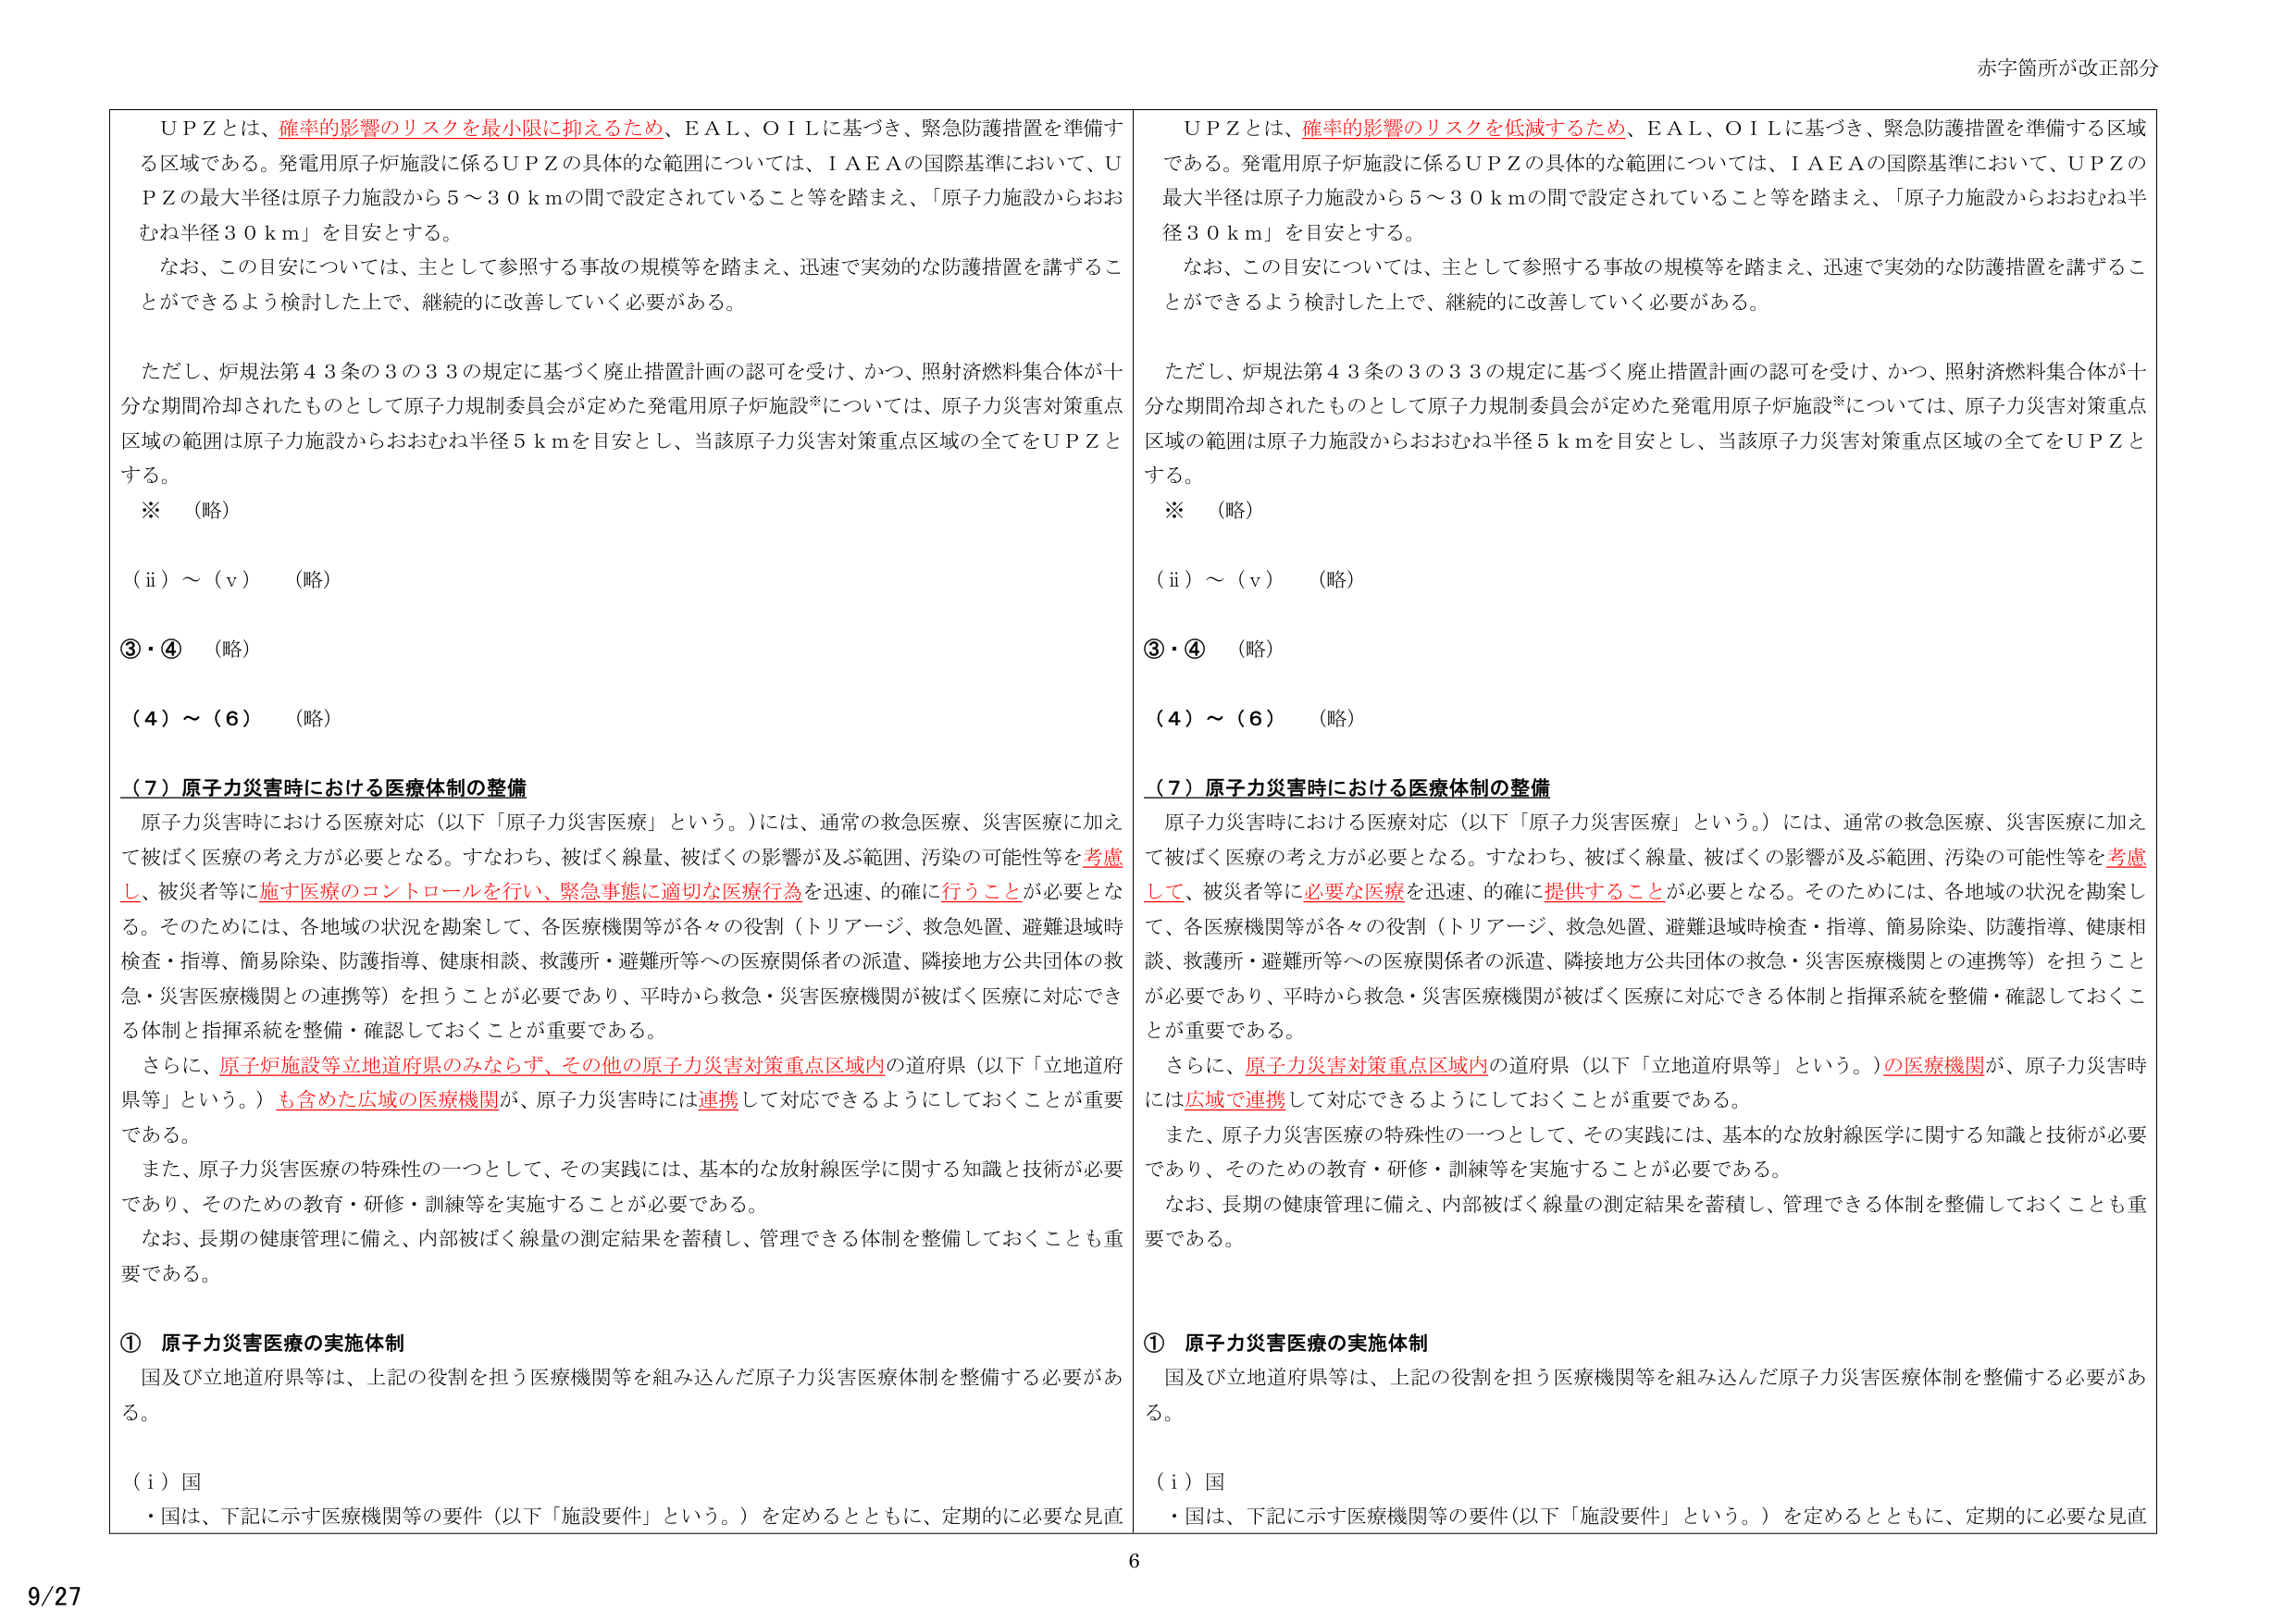
赤字箇所が改正部分

ＵＰＺとは、確率的影響のリスクを最小限に抑えるため、ＥＡＬ、ＯＩＬに基づき、緊急防護措置を準備する区域である。発電用原子炉施設に係るＵＰＺの具体的な範囲については、ＩＡＥＡの国際基準において、ＵＰＺの最大半径は原子力施設から５～３０ｋｍの間で設定されていること等を踏まえ、「原子力施設からおおむね半径３０ｋｍ」を目安とする。

なお、この目安については、主として参照する事故の規模等を踏まえ、迅速で実効的な防護措置を講ずることができるよう検討した上で、継続的に改善していく必要がある。

ただし、炉規法第４３条の３の３３の規定に基づく廃止措置計画の認可を受け、かつ、照射済燃料集合体が十分な期間冷却されたものとして原子力規制委員会が定めた発電用原子炉施設※については、原子力災害対策重点区域の範囲は原子力施設からおおむね半径５ｋｍを目安とし、当該原子力災害対策重点区域の全てをＵＰＺとする。

※ （略）

（ⅱ）～（ⅴ） （略）

③・④ （略）

（４）～（６） （略）

（７）原子力災害時における医療体制の整備

原子力災害時における医療対応（以下「原子力災害医療」という。）には、通常の救急医療、災害医療に加えて被ばく医療の考え方が必要となる。すなわち、被ばく線量、被ばくの影響が及ぶ範囲、汚染の可能性等を考慮し、被災者等に施す医療のコントロールを行い、緊急事態に適切な医療行為を迅速、的確に行うことが必要となる。そのためには、各地域の状況を勘案して、各医療機関等が各々の役割（トリアージ、救急処置、避難退域時検査・指導、簡易除染、防護指導、健康相談、救護所・避難所等への医療関係者の派遣、隣接地方公共団体の救急・災害医療機関との連携等）を担うことが必要であり、平時から救急・災害医療機関が被ばく医療に対応できる体制と指揮系統を整備・確認しておくことが重要である。

さらに、原子炉施設等立地道府県のみならず、その他の原子力災害対策重点区域内の道府県（以下「立地道府県等」という。）も含めた広域の医療機関が、原子力災害時には連携して対応できるようにしておくことが重要である。

また、原子力災害医療の特殊性の一つとして、その実践には、基本的な放射線医学に関する知識と技術が必要であり、そのための教育・研修・訓練等を実施することが必要である。

なお、長期の健康管理に備え、内部被ばく線量の測定結果を蓄積し、管理できる体制を整備しておくことも重要である。

① 原子力災害医療の実施体制

国及び立地道府県等は、上記の役割を担う医療機関等を組み込んだ原子力災害医療体制を整備する必要がある。

（ⅰ）国

・国は、下記に示す医療機関等の要件（以下「施設要件」という。）を定めるとともに、定期的に必要な見直

ＵＰＺとは、確率的影響のリスクを低減するため、ＥＡＬ、ＯＩＬに基づき、緊急防護措置を準備する区域である。発電用原子炉施設に係るＵＰＺの具体的な範囲については、ＩＡＥＡの国際基準において、ＵＰＺの最大半径は原子力施設から５～３０ｋｍの間で設定されていること等を踏まえ、「原子力施設からおおむね半径３０ｋｍ」を目安とする。

なお、この目安については、主として参照する事故の規模等を踏まえ、迅速で実効的な防護措置を講ずることができるよう検討した上で、継続的に改善していく必要がある。

ただし、炉規法第４３条の３の３３の規定に基づく廃止措置計画の認可を受け、かつ、照射済燃料集合体が十分な期間冷却されたものとして原子力規制委員会が定めた発電用原子炉施設※については、原子力災害対策重点区域の範囲は原子力施設からおおむね半径５ｋｍを目安とし、当該原子力災害対策重点区域の全てをＵＰＺとする。

※ （略）

（ⅱ）～（ⅴ） （略）

③・④ （略）

（４）～（６） （略）

（７）原子力災害時における医療体制の整備

原子力災害時における医療対応（以下「原子力災害医療」という。）には、通常の救急医療、災害医療に加えて被ばく医療の考え方が必要となる。すなわち、被ばく線量、被ばくの影響が及ぶ範囲、汚染の可能性等を考慮して、被災者等に必要な医療を迅速、的確に提供することが必要となる。そのためには、各地域の状況を勘案して、各医療機関等が各々の役割（トリアージ、救急処置、避難退域時検査・指導、簡易除染、防護指導、健康相談、救護所・避難所等への医療関係者の派遣、隣接地方公共団体の救急・災害医療機関との連携等）を担うことが必要であり、平時から救急・災害医療機関が被ばく医療に対応できる体制と指揮系統を整備・確認しておくことが重要である。

さらに、原子力災害対策重点区域内の道府県（以下「立地道府県等」という。）の医療機関が、原子力災害時には広域で連携して対応できるようにしておくことが重要である。

また、原子力災害医療の特殊性の一つとして、その実践には、基本的な放射線医学に関する知識と技術が必要であり、そのための教育・研修・訓練等を実施することが必要である。

なお、長期の健康管理に備え、内部被ばく線量の測定結果を蓄積し、管理できる体制を整備しておくことも重要である。

① 原子力災害医療の実施体制

国及び立地道府県等は、上記の役割を担う医療機関等を組み込んだ原子力災害医療体制を整備する必要がある。

（ⅰ）国

・国は、下記に示す医療機関等の要件（以下「施設要件」という。）を定めるとともに、定期的に必要な見直

6

9/27